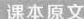
课本原文